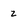
Character: 2